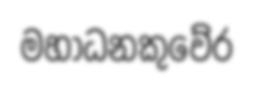
මහාධනකුවේර